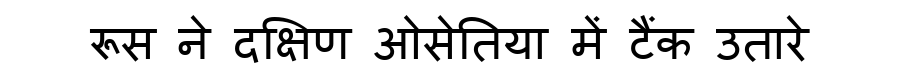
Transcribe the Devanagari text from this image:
रूस ने दक्षिण ओसेतिया में टैंक उतारे